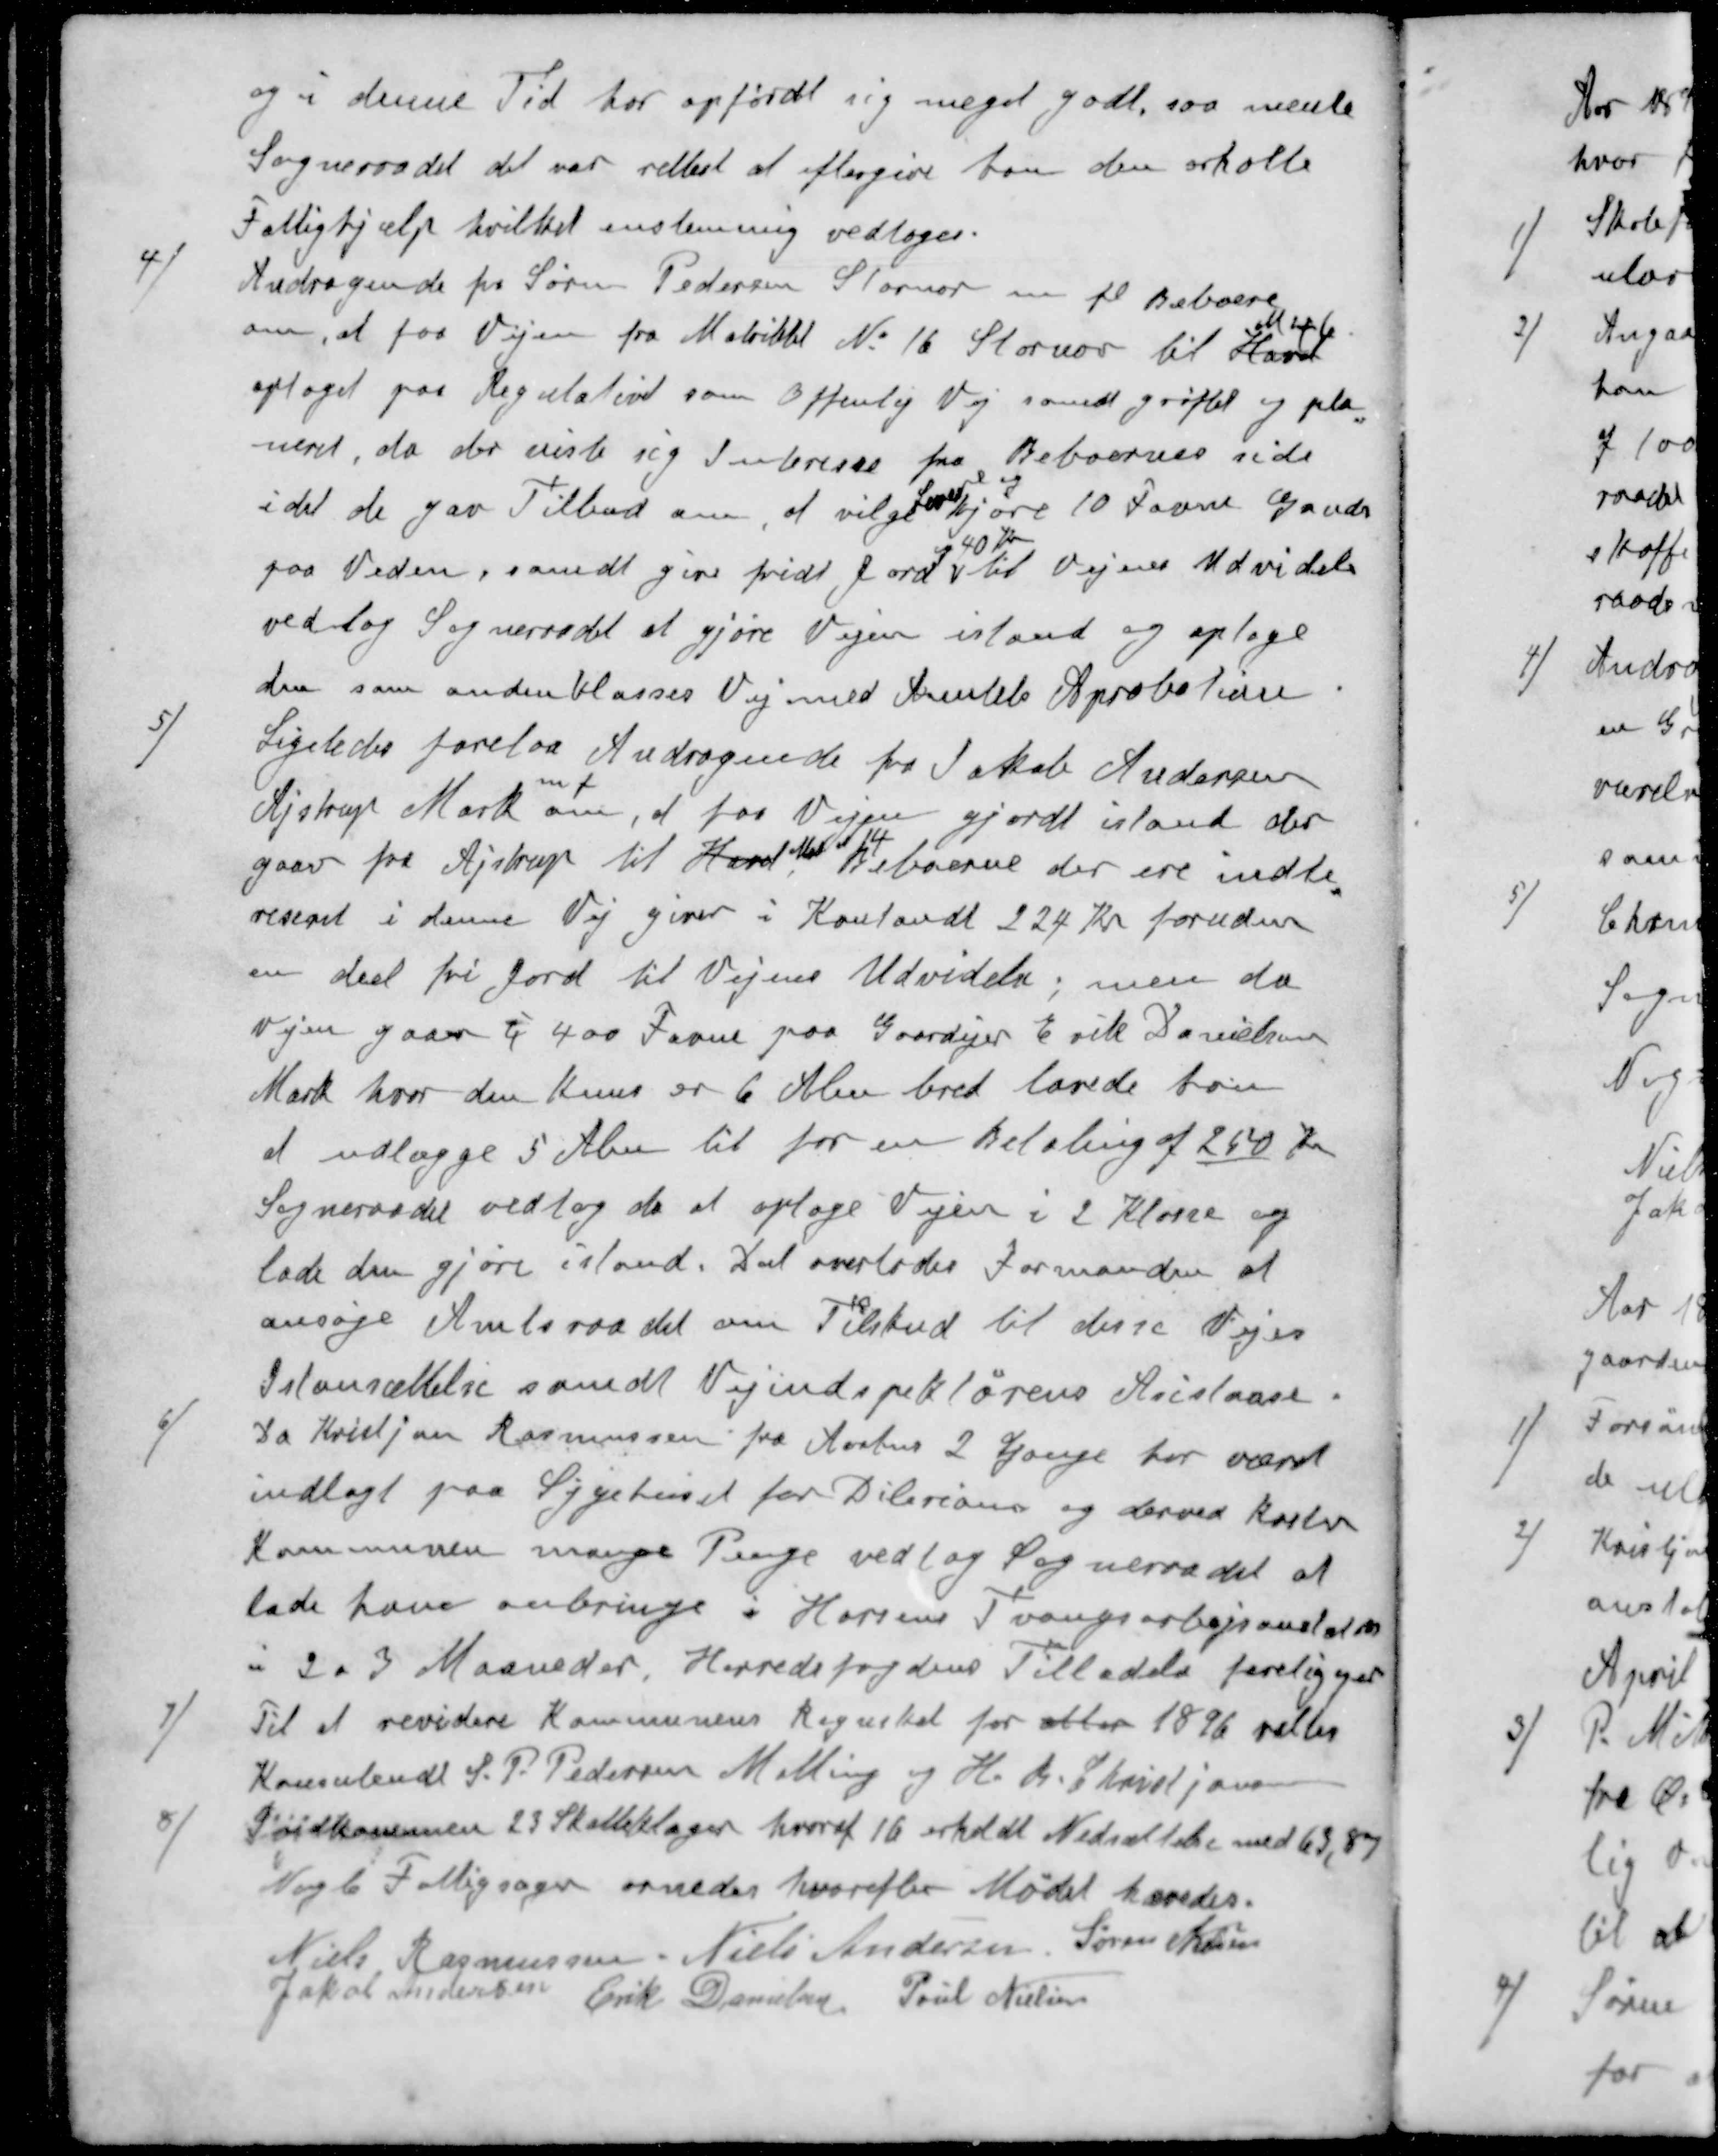
Transskription:
og i denne Tid har opførdt sig meget godt, saa mente
Sogneraadet det var rettest at eftergive ham den erholdte
Fattighjælp hvilket enstemmig vedtoges
4 ) Andragende for Søren Pedersen Stornor m fl Beboere

om, at faa Vejen fra Matrikkel No 16 Stornor til Havet
optaget paa Regulativet som Offenlig Vej samt grøftet og pla-
neret, da der viste sig Interesse fra Beboernes side
Levere og
i det de gav Tilbud om, at vilge kjøre 10 Favne Gruds
40
paa Veden, samdt give fridt Jord til Vejens Udvidels
vedtog Sogneraadet at gjøre Vejen istand og optage
den som anden Klasses Vej med Amtets Aprobation
5 ) Ligeledes forelaa Andragende fra Jakob Andersen
Ajstrup Mark om, at for Vejen gjordt istand der
Matr nr 14
gaar fra Ajstrup til Havet Beboerne der ere indte-
reseret i denne Vej giver i Kontandt 224 Kr foruden
en deel fri Jord til Vejens Udvidelse, men da
Vejen gaar i 400 Favne paa Gaardejer Erik Danielsen
Mark hvor den kuns er 6 Alen bred lavede han
at udlægge 5 Alen til for en Betaling af 250 Kr
Sogneraadet vedtog da at optage Vejen i 2 Klasse og
lade den gjøre istand. Det overlodes Formanden at
ansøge Amtsraadet om Tilskud til disse Vejes
Istansættelse samdt Vejindspektørens Anslaan.
6 ) Da Kristjan Rasmussen fra Aarhus 2 Gange har været
indlagt paa Sygehuset for Dilerium og derved koster
Kommunen mange Penge vedtog Sogneraadet at
lade have anbringe i Horsens Tvangsarbejsanstalt
i 2 a 3 Maaneder, Herredsfogdens Tilladelse foreligger
7 ) Til at revidere Kommunens Regnskab for atten 1896 valtes
Konsulendt S. P. Pedersen Malling og H. A. Christjansen
Indkommen 23 Skatteklager hvoraf 16 erholdt Nedsættelse med 63,87
Nogle Fattigsager ornedes hvorefter Mødet hævedes.
Niels Rasmussen
Niels Andersen
Søren Nielsen
Jakob Andersen
Erik Danielsen
Poul Nielsen